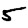
Digit: 5